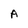
Character: A